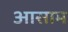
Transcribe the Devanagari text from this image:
अासाम